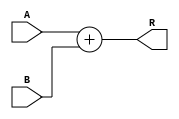
module adder(output reg [3:0] R, input [3:0] A, input [3:0] B);
    always @(A, B)
        R = A + B;
endmodule